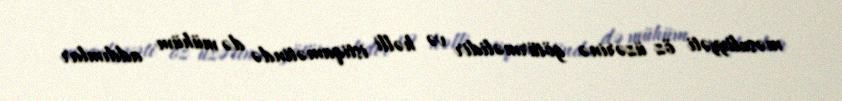
məsuliyyəti öz üzərinə götürməlidir və həlli istiqamətində də mühüm addımlar